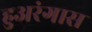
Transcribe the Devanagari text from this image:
हुअरंगास